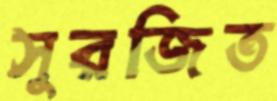
সুরজিত